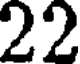
22